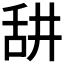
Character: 𦧏